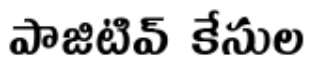
పాజిటివ్ కేసుల